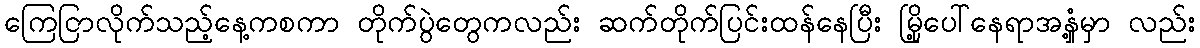
ကြေငြာလိုက်သည့်နေ့ကစကာ တိုက်ပွဲတွေကလည်း ဆက်တိုက်ပြင်းထန်နေပြီး မြို့ပေါ်နေရာအနှံ့မှာ လည်း